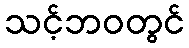
သင့်ဘဝတွင်